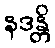
နဒန္တိ